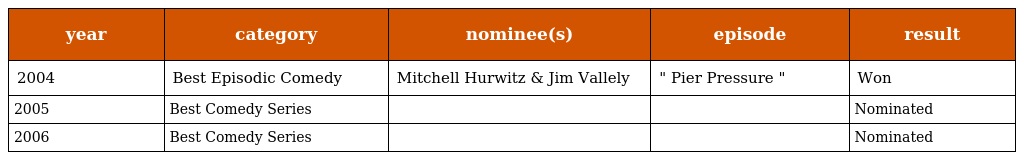
| year | category | nominee(s) | episode | result |
 | --- | --- | --- | --- | --- |
 | 2004 | Best Episodic Comedy | Mitchell Hurwitz & Jim Vallely | " Pier Pressure " | Won |
 | 2005 | Best Comedy Series |  |  | Nominated |
 | 2006 | Best Comedy Series |  |  | Nominated |